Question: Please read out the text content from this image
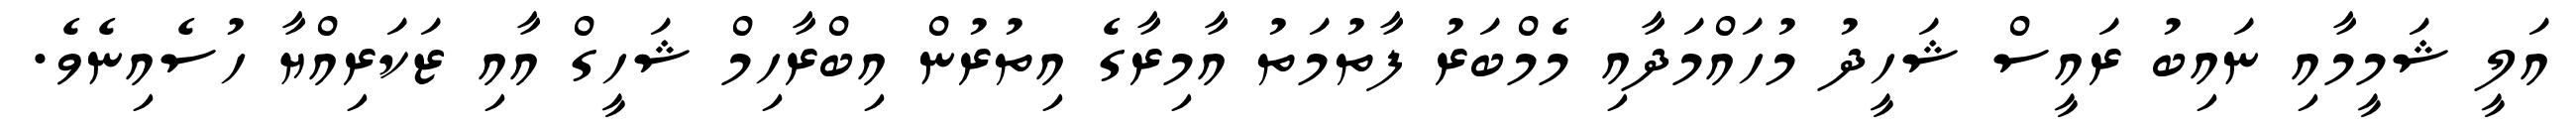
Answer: އަލީ ޝަމީމާއި ނައިބު ރައީސް ޝަހީދު މުހައްމަދާއި މެމްބަރު ފާތުމަތު އާމިރާގެ އިތުރުން އިބްރާހިމް ޝަހީގް އާއި ޒަކަރިއްޔާ ހުސެއިނެވެ.